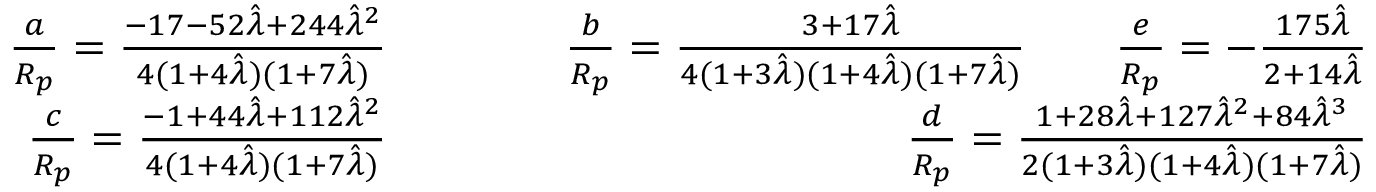
\begin{array} { r l r } { \frac { a } { R _ { p } } = \frac { - 1 7 - 5 2 \hat { \lambda } + 2 4 4 \hat { \lambda } ^ { 2 } } { 4 ( 1 + 4 \hat { \lambda } ) ( 1 + 7 \hat { \lambda } ) } \qquad } & { } & { \frac { b } { R _ { p } } = \frac { 3 + 1 7 \hat { \lambda } } { 4 ( 1 + 3 \hat { \lambda } ) ( 1 + 4 \hat { \lambda } ) ( 1 + 7 \hat { \lambda } ) } \qquad \frac { e } { R _ { p } } = - \frac { 1 7 5 \hat { \lambda } } { 2 + 1 4 \hat { \lambda } } } \\ { \frac { c } { R _ { p } } = \frac { - 1 + 4 4 \hat { \lambda } + 1 1 2 \hat { \lambda } ^ { 2 } } { 4 ( 1 + 4 \hat { \lambda } ) ( 1 + 7 \hat { \lambda } ) } \qquad } & { } & { \frac { d } { R _ { p } } = \frac { 1 + 2 8 \hat { \lambda } + 1 2 7 \hat { \lambda } ^ { 2 } + 8 4 \hat { \lambda } ^ { 3 } } { 2 ( 1 + 3 \hat { \lambda } ) ( 1 + 4 \hat { \lambda } ) ( 1 + 7 \hat { \lambda } ) } } \end{array}